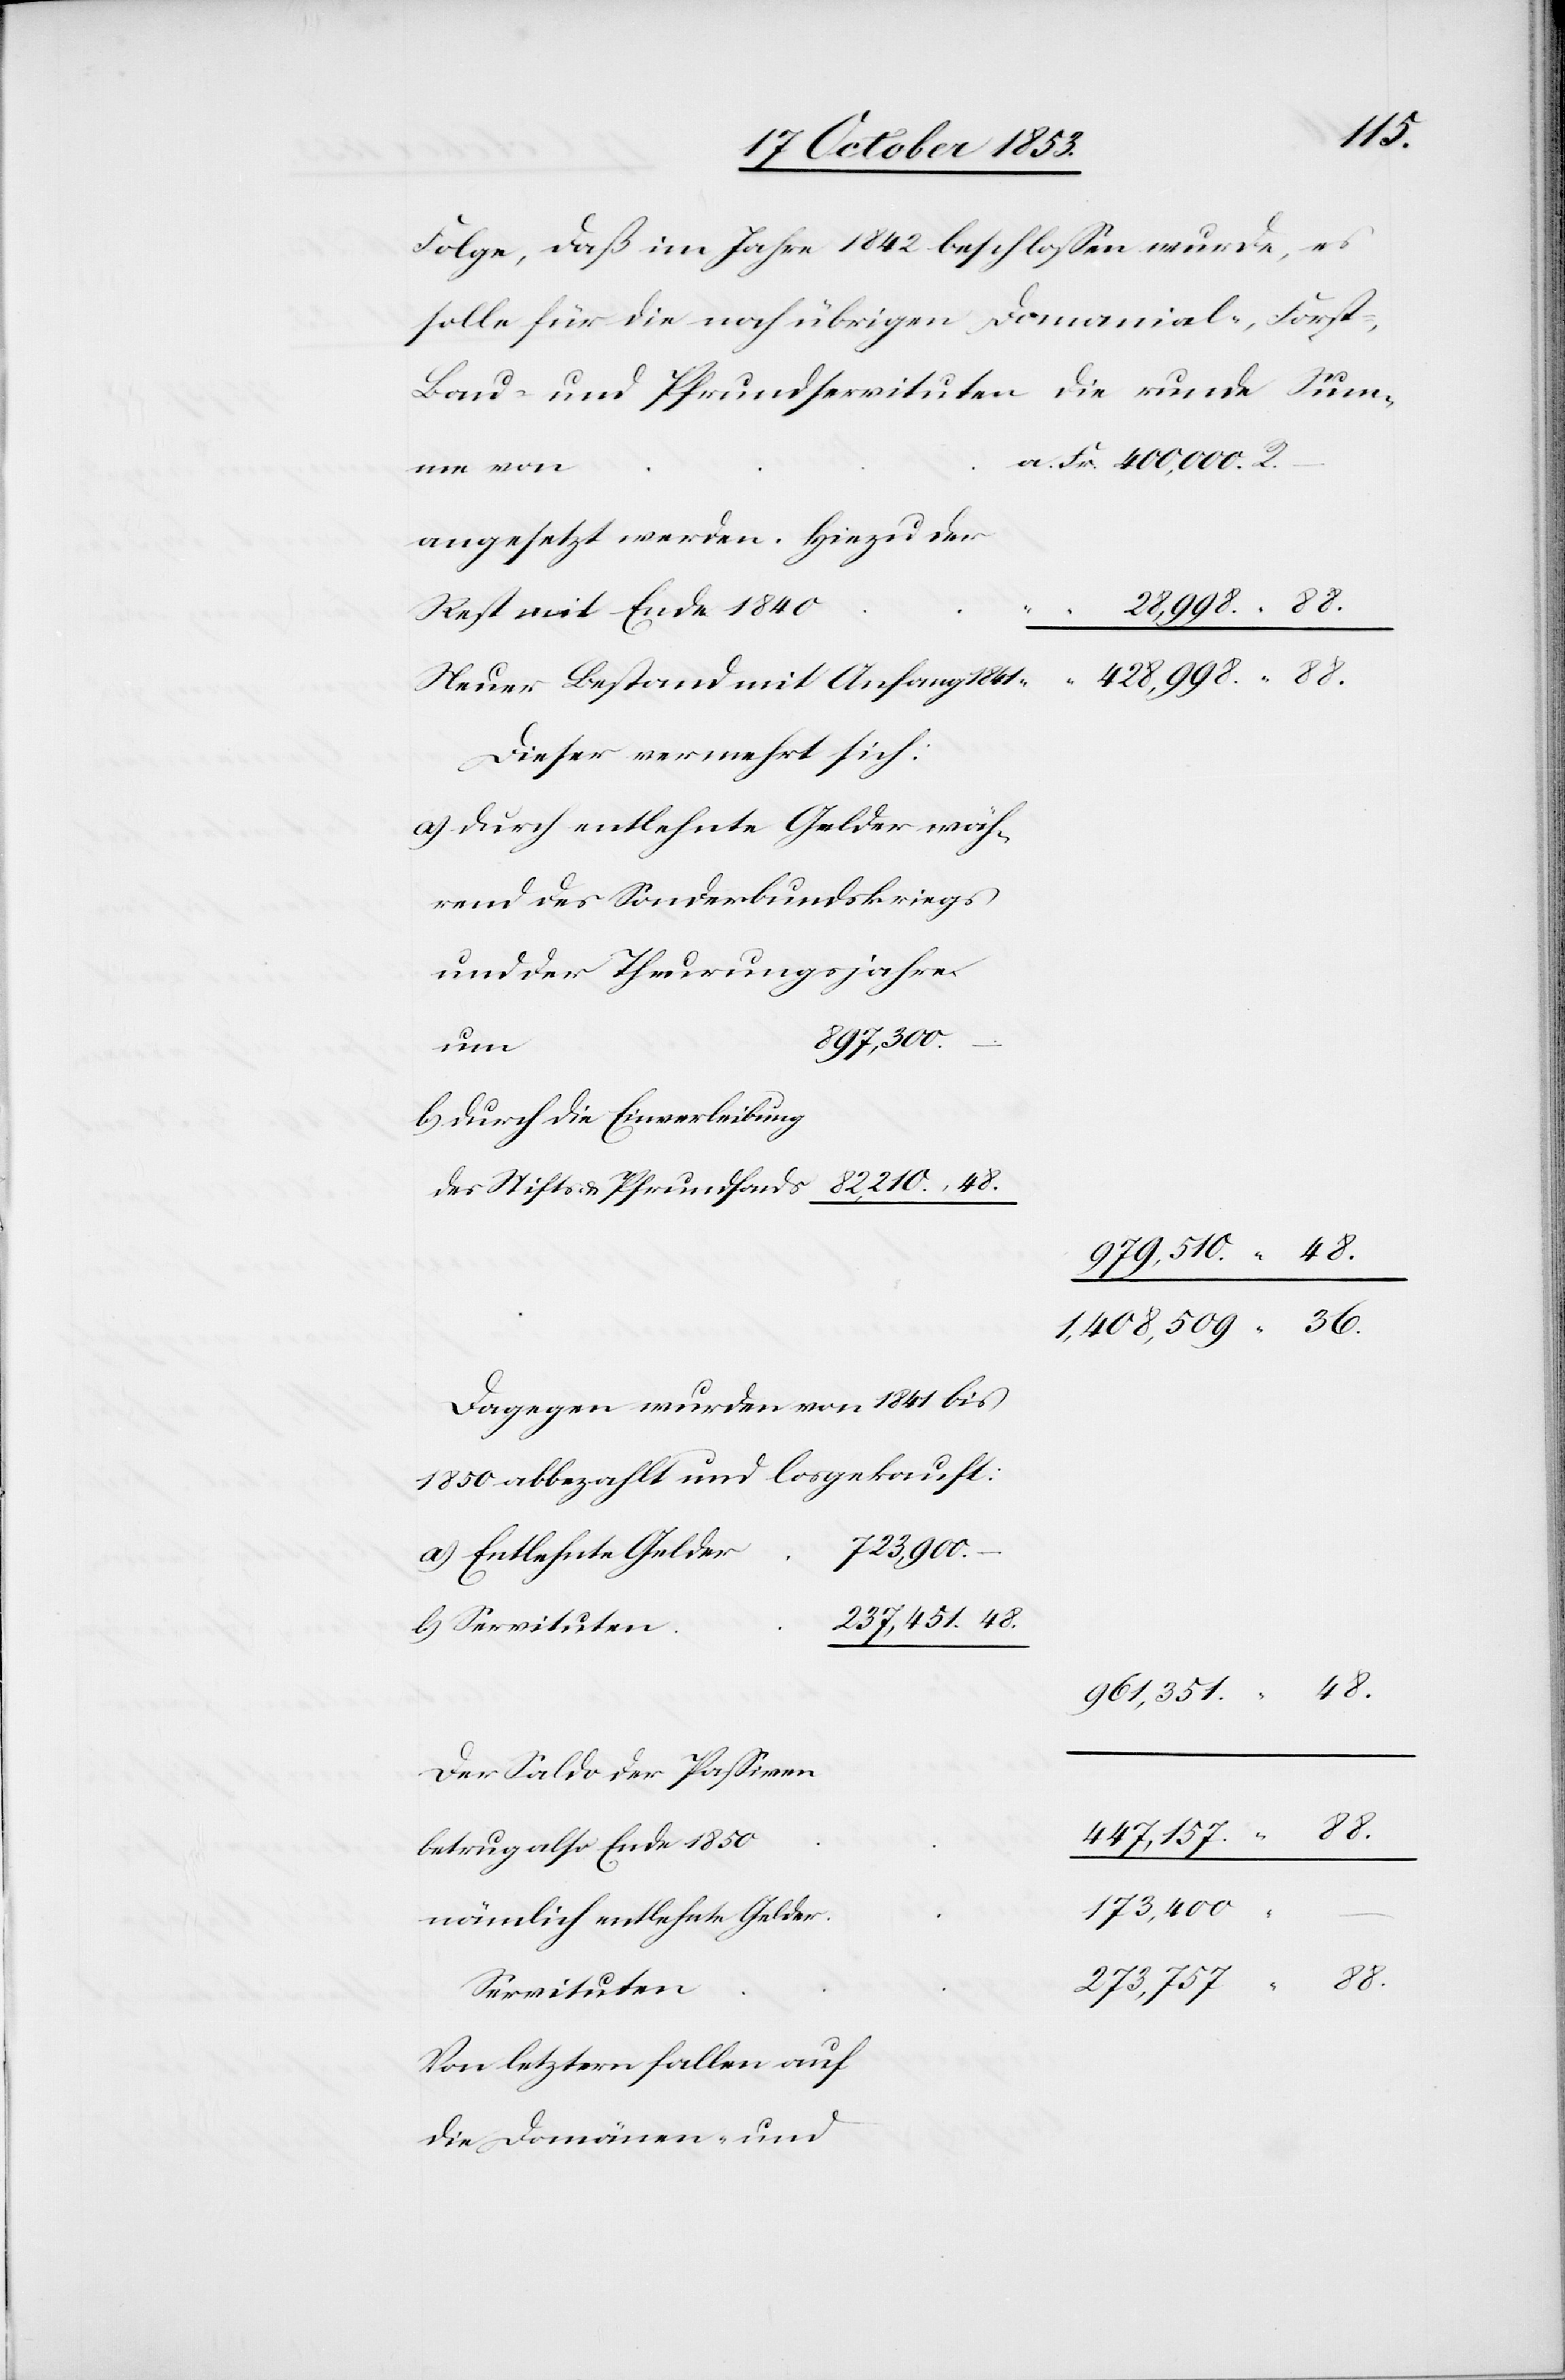
88.
Folge, daß im Jahre 1842 beschloßen wurde, es
solle für die noch übrigen Domanial-, Forst-,
Bau- und Pfrundservituten die runde
Fr. 400,000. R.
Angesetzt werden. Hiezu der
28,998. “ 88.
Neuer Bestand mit Anfang
Dieser vermehrt sich:
a.) Durch entlehnte Gelder wäh¬
rend des Sonderbundskriegs
und der Theurungsjahre
82,210.
b.) Durch die Einverleibung
979,510. “ 48.
1,408,509. “ 36.
Dagegen wurden von 1841 bis
1850 abbezahlt und losgekauft:
r	723,900.
a) Entlehnte Gelde¬
n	237,451. 48
b) Servitute¬
961,351. “ 48.
Der Saldo der Paßiven
Von letztern fallen auf
die Domänen- und